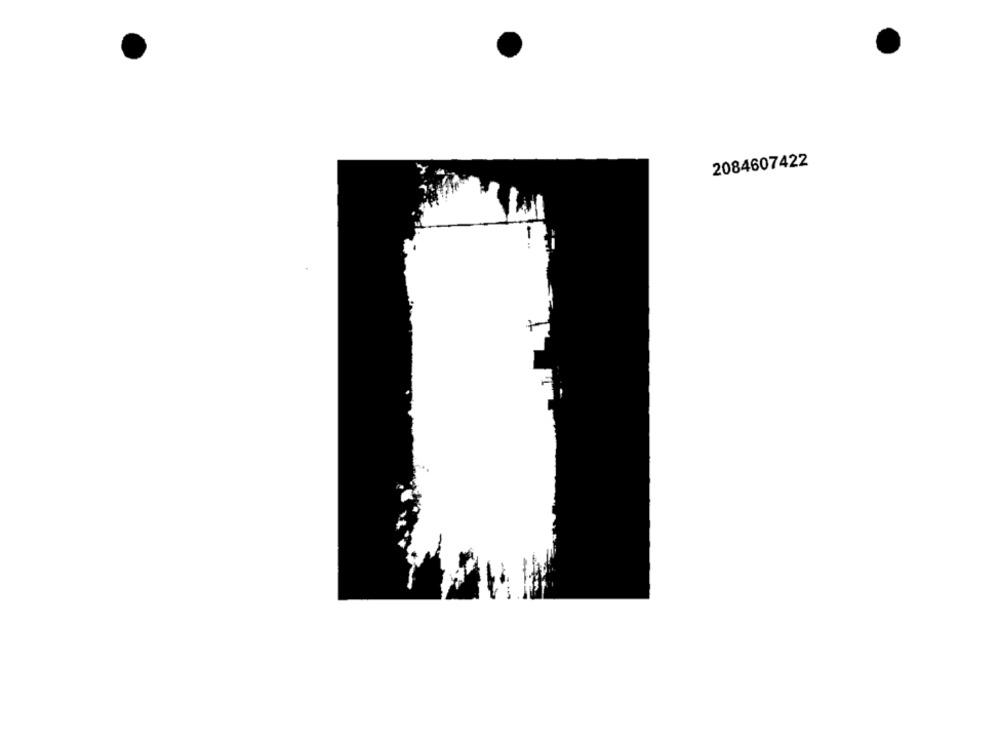
2084607422